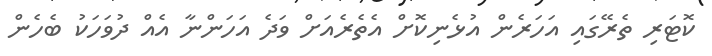
ކޮޓަރި ތެރޭގައި އަހަރެން އުޅެނިކޮށް އެތެރެއަށް ވަދެ އަހަންނާ އެއް ދުވަހަކު ބެހެން